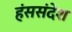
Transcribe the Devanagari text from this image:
हंससंदेश